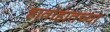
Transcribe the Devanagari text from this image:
हातोहातच्या